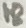
Text: 18